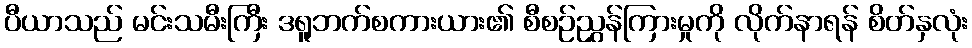
ပီယာသည် မင်းသမီးကြီး ဒရူဘက်စကားယား၏ စီစဉ်ညွှန်ကြားမှုကို လိုက်နာရန် စိတ်နှလုံး